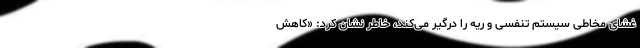
غشای مخاطی سیستم تنفسی و ریه را درگیر می‌کند، خاطر نشان کرد: «کاهش